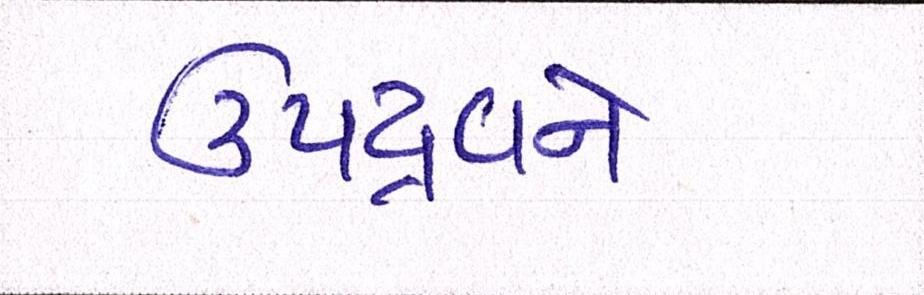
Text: ઉપદ્રવને